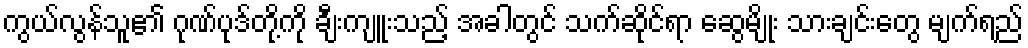
ကွယ်လွန်သူ၏ ဂုဏ်ပုဒ်တို့ကို ချီးကျူးသည့် အခါတွင် သက်ဆိုင်ရာ ဆွေမျိုး သားချင်းတွေ မျက်ရည်